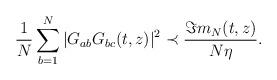
LaTeX: \begin{align*}\frac{1}{N} \sum_{b=1}^N |G_{ab}G_{bc}(t,z)|^2\prec \frac{\Im m_N(t,z)}{N\eta}.\end{align*}